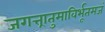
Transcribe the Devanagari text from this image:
जगत्त्रातुमाविर्भूतमजं